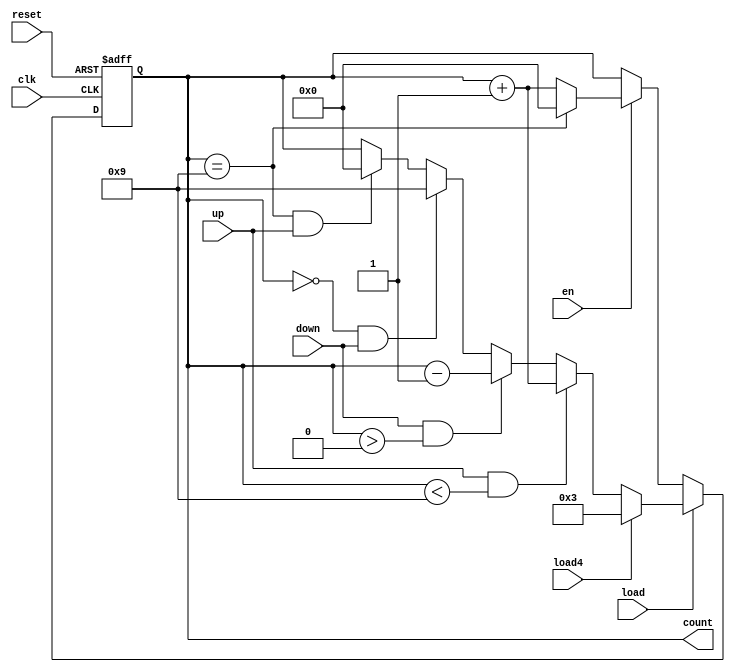
`timescale 1ns / 1ps
//////////////////////////////////////////////////////////////////////////////////
// Company: 
// Engineer: 
// 
// Design Name: 
// Module Name: binaryCounter
// Project Name: 
// Target Devices: 
// Tool Versions: 
// Description: 
// 
// Dependencies: 
// 
// Revision:
// Revision 0.01 - File Created
// Additional Comments:
// 
//////////////////////////////////////////////////////////////////////////////////

module binaryCounter#(parameter x = 4, y = 10)(input clk, reset, en, load, up, down, load4, output reg [x-1:0] count);

//the added features to the normal binary counter is a feature that helps me load the values straight into the clock when i'm in adjust mode 
//intead of generating new register files to save the values for the counters
always @(posedge clk or posedge reset) begin
if (reset == 1) count <= 0; 
else if(load == 1) begin
    if(up == 1 && count < y-1) count <= count + 1; //if you got an up signal, return to zero
    else if(down == 1 && count > 0) count <= count - 1; //if you got a down signal and already at zero, return to mod 
    else if(count == 0 && down) count <= (y-1); //if at zero, 
    else if(count == y-1 && up) count <= 0; //if at mod and got an up signal, count returns to zero
    else count <= count; // no input, stay as you are
    if(load4) count <= 3; //exception for the 24 hour clock
    end 
else if(en == 1) begin
    if(count == y-1) count <= 0;
    else count <= count + 1;
end 
else count <= count;
end
endmodule